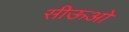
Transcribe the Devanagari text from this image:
सीऊओ